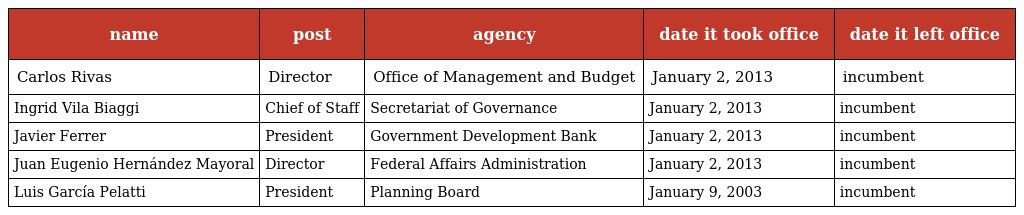
| name | post | agency | date it took office | date it left office |
 | --- | --- | --- | --- | --- |
 | Carlos Rivas | Director | Office of Management and Budget | January 2, 2013 | incumbent |
 | Ingrid Vila Biaggi | Chief of Staff | Secretariat of Governance | January 2, 2013 | incumbent |
 | Javier Ferrer | President | Government Development Bank | January 2, 2013 | incumbent |
 | Juan Eugenio Hernández Mayoral | Director | Federal Affairs Administration | January 2, 2013 | incumbent |
 | Luis García Pelatti | President | Planning Board | January 9, 2003 | incumbent |